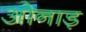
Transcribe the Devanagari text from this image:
ओनाड़